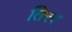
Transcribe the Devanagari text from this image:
तिरर